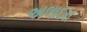
અલાદરા